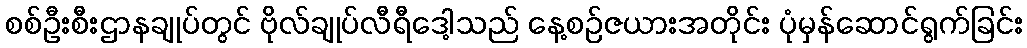
စစ်ဦးစီးဌာနချုပ်တွင် ဗိုလ်ချုပ်လီရီဒေါ့သည် နေ့စဉ်ဇယားအတိုင်း ပုံမှန်ဆောင်ရွက်ခြင်း